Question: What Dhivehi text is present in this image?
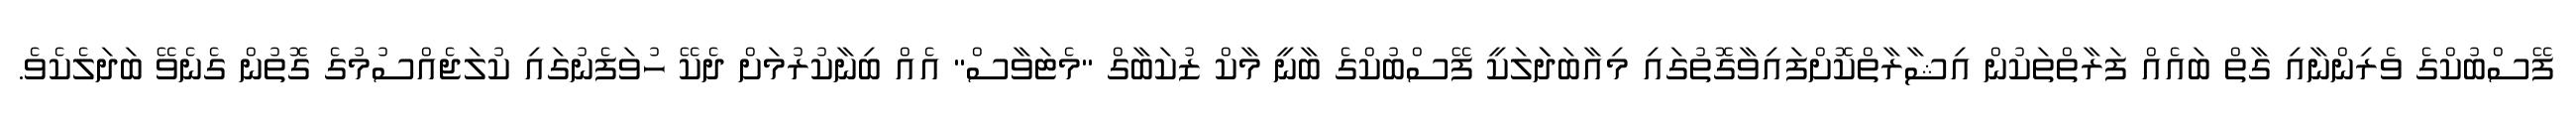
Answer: ފޭސްބުކްގެ ވެރިންނާއި ގާތް ބައެއް ފަރާތްތަކުން އިޝާރާތްކޮށްފައިވާގޮތުގައި މިއާބަދަަލަކީ ފޭސްބުކްގެ ބާނީ މާކް ޒުކަބާގް "މެޓަވާސް" އެއް ބިނާކުރުމަށް ދެކޭ ހުވަފެނުގައި ކުލަޖެއްސުމުގެ ގޮތުން ގެނެވޭ ބަދަލެކެވެ.